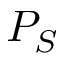
P _ { S }